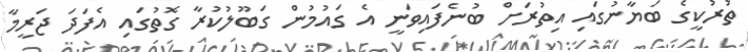
ތުރުކީގެ ބަޔާނުގައި އިތުރަށް ބުނެފައިވަނީ އެ ގައުމުން ގަބޫލުކުރާ ގޮތުގައި އެފަދަ ޖަރީމާ